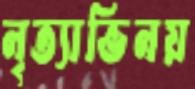
নৃত্যাভিনয়